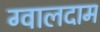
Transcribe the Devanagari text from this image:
ग्वालदाम